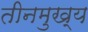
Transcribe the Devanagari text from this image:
तीनमुख्य